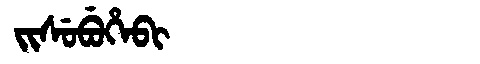
Manchu: ᠵᡳᠰᡠᠪᡠᡥᡝᠪᡳ
Romanization: JISUBUHEBI